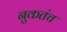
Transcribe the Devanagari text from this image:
नुकतंच